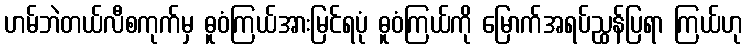
ဟမ်ဘဲတယ်လီစကုက်မှ ဓူဝံကြယ်အားမြင်ရပုံ ဓူဝံကြယ်ကို မြောက်အရပ်ညွှန်ပြရာ ကြယ်ဟု